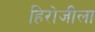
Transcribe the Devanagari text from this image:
हिरोजीला